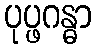
ပုပ္ဖဂန္ဓာ